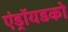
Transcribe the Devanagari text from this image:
एंड्रॉयडको